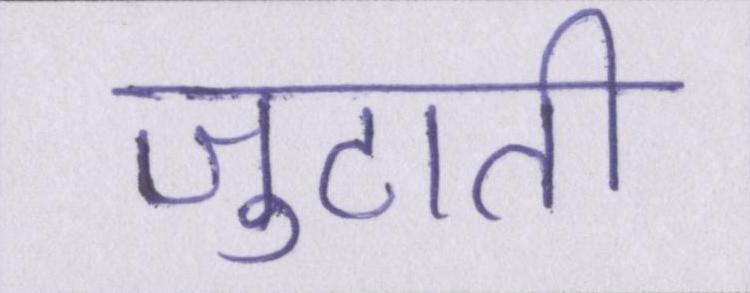
जुटाती